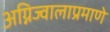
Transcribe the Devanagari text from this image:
अग्निज्वालाप्रमाणे